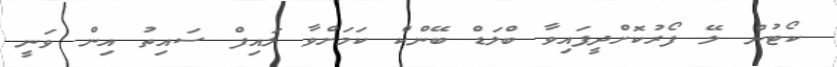
ކޯޓުން ލޭ ފޯރުކޮށްދީފައިވާ ބްލަޑް ބޭންކް ކަމަށްވާ ލައިފް ސައިތު އިން ވަނީ